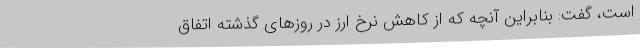
است، گفت: بنابراین آنچه که از کاهش نرخ ارز در روزهای گذشته اتفاق